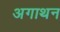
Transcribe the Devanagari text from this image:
अगाथन